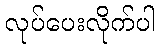
လုပ်ပေးလိုက်ပါ